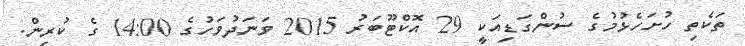
ތަކެތި ހުށަހެޅުމުގެ ސުންގަޑިއަކީ 29 އޮކްޓޫބަރު 2015 ވަނަދުވަހުގެ 14:00 ގެ ކުރިން.